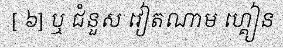
[ ៦] ឬ ជំនួស វៀតណាម ហ្គៀន